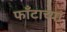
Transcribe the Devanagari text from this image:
फाँटाच्या